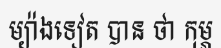
ម្យ៉ាងទៀត បាន ថា កុម្ភ